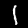
Digit: 1